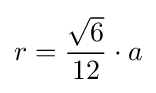
r={\frac {\sqrt {6}}{12}}\cdot a